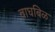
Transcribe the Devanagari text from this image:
वाघबिळ